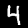
Digit: 4